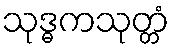
သုဒ္ဓကသုတ္တံ